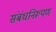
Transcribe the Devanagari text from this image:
संबंधनिरूपण